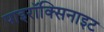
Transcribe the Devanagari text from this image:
पाइरॉक्सिनाइट